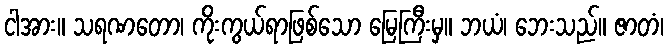
ငါအား။ သရဏတော၊ ကိုးကွယ်ရာဖြစ်သော မြေကြီးမှ။ ဘယံ၊ ဘေးသည်။ ဇာတံ၊